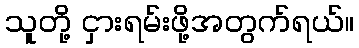
သူတို့ ငှားရမ်းဖို့အတွက်ရယ်။